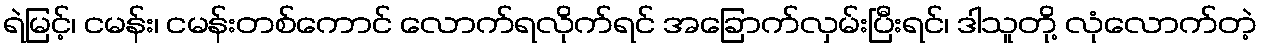
ရဲမြင့်၊ ငမန်း၊ ငမန်းတစ်ကောင် လောက်ရလိုက်ရင် အခြောက်လှမ်းပြီးရင်၊ ဒါသူတို့ လုံလောက်တဲ့